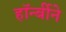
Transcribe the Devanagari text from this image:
हॉर्न्बीने